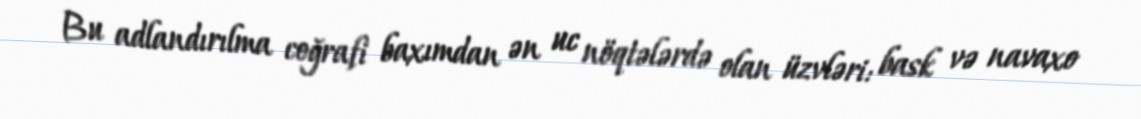
Bu adlandırılma coğrafi baxımdan ən uc nöqtələrdə olan üzvləri: bask və navaxo